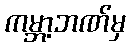
ကမ္ဘာ့ဘဏ်မှ